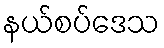
နယ်စပ်ဒေသ